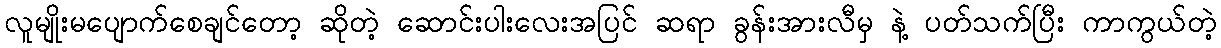
လူမျိုးမပျောက်စေချင်တော့ ဆိုတဲ့ ဆောင်းပါးလေးအပြင် ဆရာ ခွန်းအားလီမှ နဲ့ ပတ်သက်ပြီး ကာကွယ်တဲ့